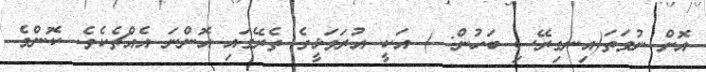
އޮށް ނުވަތަ(އިނގިރޭސި ބަހުން: ) އަކީ އުރަވަޅީގެ ތެރޭގައި އޮންނަ އެއްޗެކެވެ. ކޮންމެ